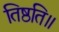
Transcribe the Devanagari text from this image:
तिष्ठति॥